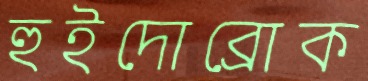
হুইদোব্রোক